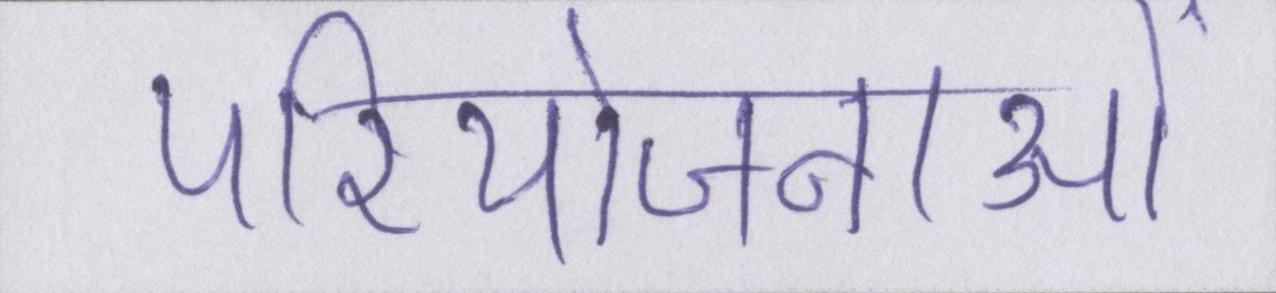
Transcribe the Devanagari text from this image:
परियोजनाओं